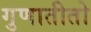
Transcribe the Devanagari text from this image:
गुणातीतो